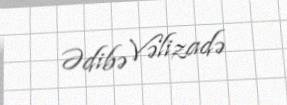
Ədibə Vəlizadə